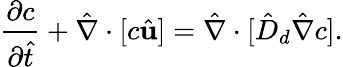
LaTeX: \frac{\partial c}{\partial\hat{t}}+\hat{\mathbf{\nabla}}\cdot[c\hat{\mathbf{u}}]=\hat{\mathbf{\nabla}}\cdot[\hat{D}_{d}\hat{\nabla}c].